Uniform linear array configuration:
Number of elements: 48
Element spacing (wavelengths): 0.75
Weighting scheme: uniform
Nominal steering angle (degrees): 0
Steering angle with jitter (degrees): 0.1304
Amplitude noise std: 0.05
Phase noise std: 0.05

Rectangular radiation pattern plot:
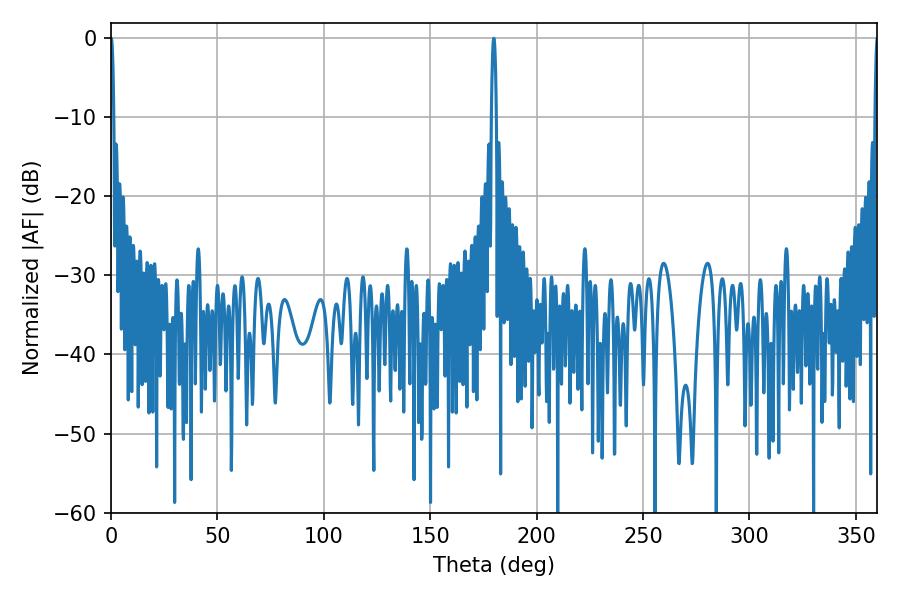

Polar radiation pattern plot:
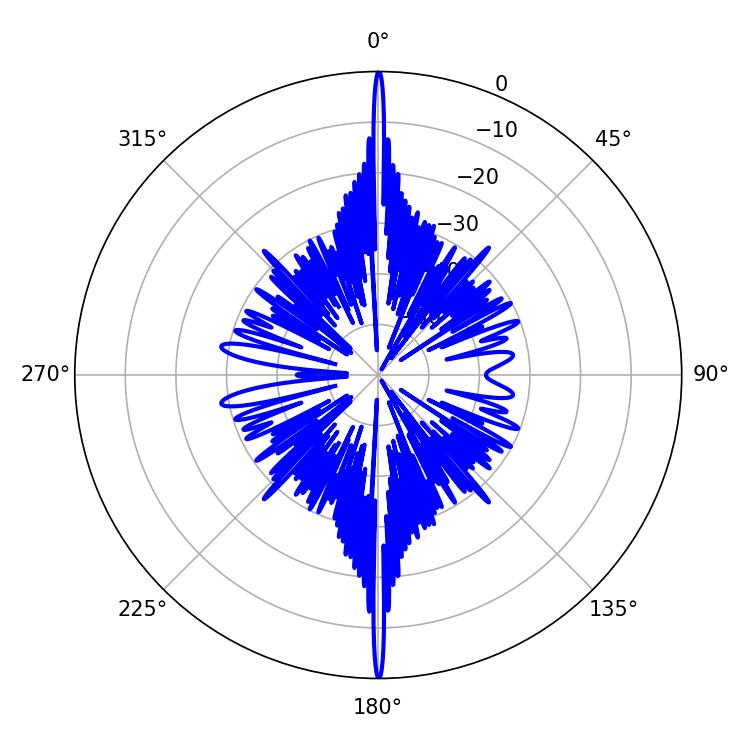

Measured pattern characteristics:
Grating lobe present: TRUE
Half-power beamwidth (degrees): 1.26
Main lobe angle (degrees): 179.82